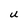
Character: U